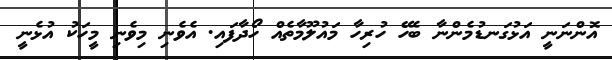
އޮންނަނީ އަޅުގަނޑުމެންނާ ބެހޭ ހުރިހާ މައުލޫމާތެއް ހޯދާފައި. އެވެނި މިވެނި މީހަކު އުޅެނީ